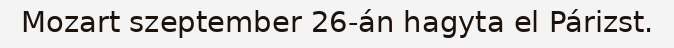
Mozart szeptember 26-án hagyta el Párizst.